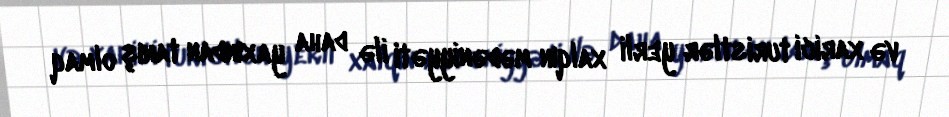
və xarici turistlər yerli xalqın mədəniyyəti ilə daha yaxından tanış olmaq